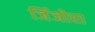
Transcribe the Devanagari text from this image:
जिंजोरा